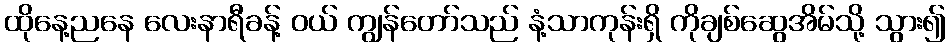
ထိုနေ့ညနေ လေးနာရီခန့် ဝယ် ကျွန်တော်သည် နံ့သာကုန်းရှိ ကိုချစ်ဆွေအိမ်သို့ သွား၍